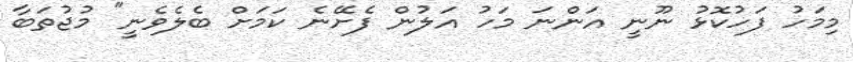
މިމަހު ފަހުކޮޅު ނޫނީ އަންނަ މަހު އަލުން ފެށޭނެ ކަަމަށް ބެލެވެނީ" މުޖުތަބާ